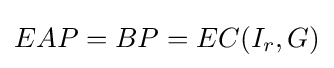
{\textstyle EAP=BP=EC(I_{r},G)}